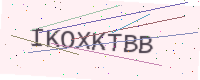
Text: IKOXKTBB